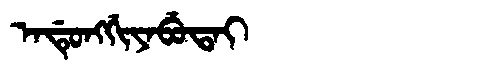
Manchu: ᠠᡩᡠᠩᡤᡳᠶᠠᠪᡠᡨᠠᡳ
Romanization: ADUNGGIYABUTAI